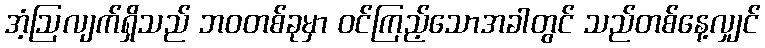
အံ့ဩလျက်ရှိသည် ဘဝတစ်ခုမှာ ဝင်ကြည့်သောအခါတွင် သည်တစ်နေ့လျှင်